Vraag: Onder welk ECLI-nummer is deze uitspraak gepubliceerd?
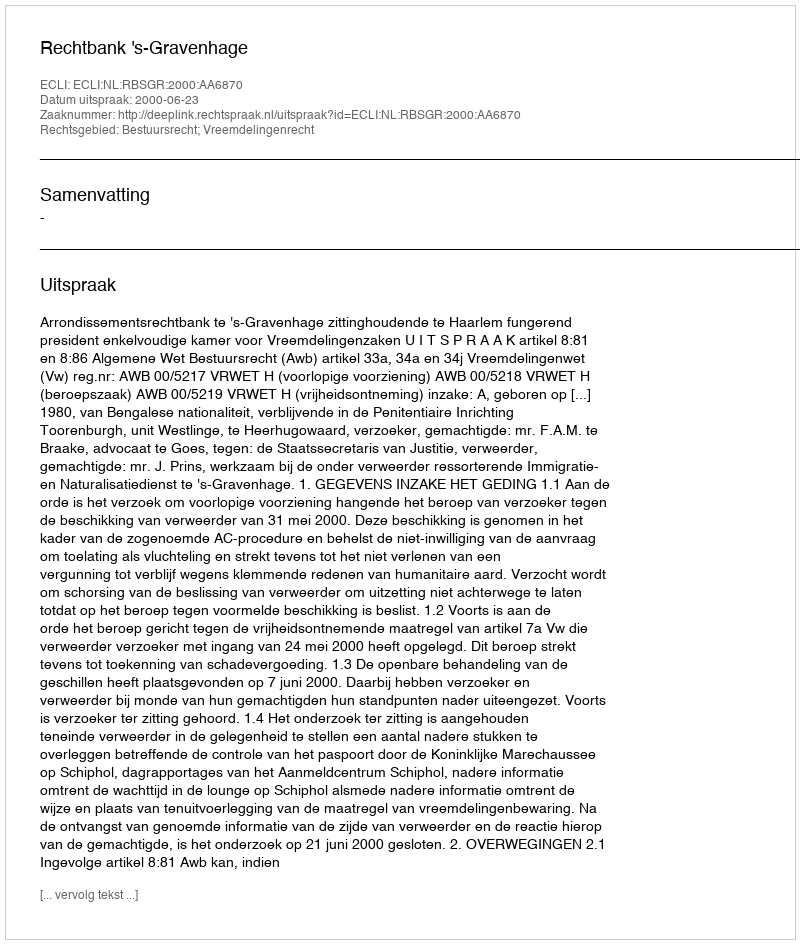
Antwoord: ECLI:NL:RBSGR:2000:AA6870